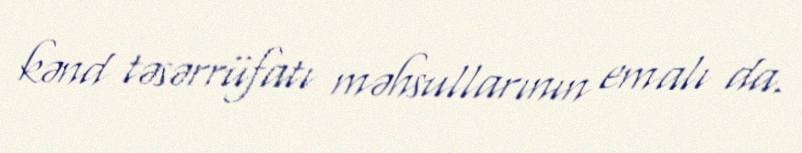
kənd təsərrüfatı məhsullarının emalı da.